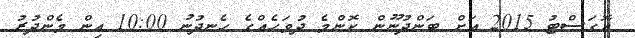
އޮގަސްޓު 2015 އަށް ބަންދުނޫން ކޮންމެ ދުވަހެއްގެ ހެނދުނު 10:00 އިން މެންދުރު